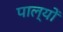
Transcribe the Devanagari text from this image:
पाल्यों